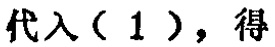
代入（1），得